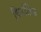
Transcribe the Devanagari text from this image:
फिनॉलिक